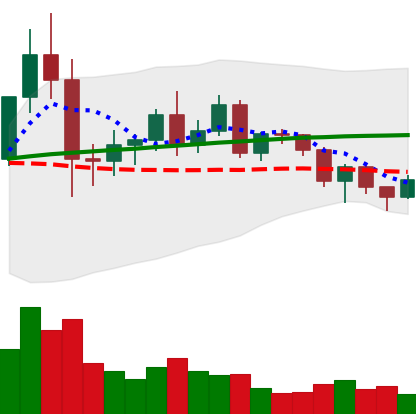
Ticker: NEO-USD
Chart end date: 2020-12-12
Forward return: 7.677%
Label: up_7plus